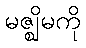
မဇ္ဈိမကို